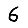
Digit: 6